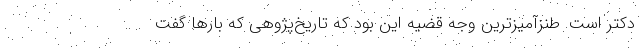
دکتر است. طنزآمیزترین وجه قضیه این بود که تاریخ‌پژوهی که بارها گفت